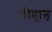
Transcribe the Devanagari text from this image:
चौहाऩ़